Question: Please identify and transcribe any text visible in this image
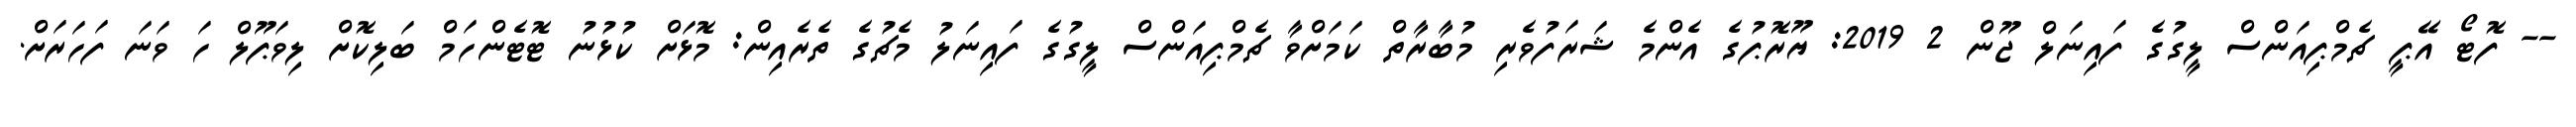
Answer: -- ފޮޓޯ އޭޕީ ޗެމްޕިއަންސް ލީގުގެ ފައިނަލް ޖޫން 2 2019: ޔޫރޮޕުގެ އެންމެ ޝަރަފުވެރި މުބާރާތް ކަމަށްވާ ޗެމްޕިއަންސް ލީގުގެ ފައިނަލު މެޗުގެ ތެރެއިން: މޮޅަށް ކުޅުނު ޓޮޓެންހަމް ބަލިކޮށް ލިވަޕޫލް ހަ ވަނަ ފަހަރަށް.